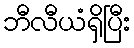
ဘီလီယံရှိပြီး